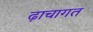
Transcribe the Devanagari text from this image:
ढ़ाचागत